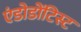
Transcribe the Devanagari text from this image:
एंडोडोंटिस्ट